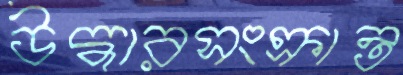
উদ্ধারসংক্রান্ত